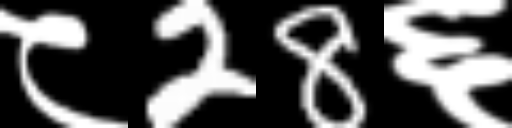
Text: ८28६